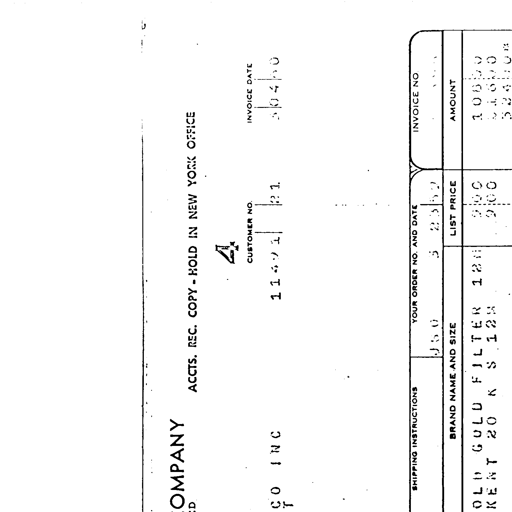
ACCTS. REC. COPY - HOLD IN NEW YORK OFFICE
COMPANY
4
CUSTOMER NO. INVOICE DATE
CO INC 11491 21 30460
SHIPPING INSTRUCTIONS YOUR ORDER NO. AND DATE INVOICE NO.
J50 3 2362 4337
BRAND NAME AND SIZE LIST PRICE AMOUNT
OLD GOLD FILTER 120 900 10800
KENT 20 K S 128 900 11520
32400